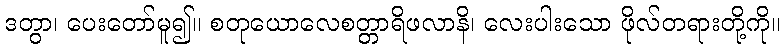
ဒတွာ၊ ပေးတော်မူ၍။ စတုယောလေစတ္တာရိဖလာနိ၊ လေးပါးသော ဖိုလ်တရားတို့ကို။